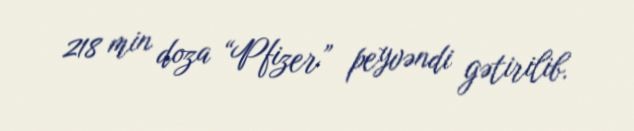
218 min doza “Pfizer” peyvəndi gətirilib.